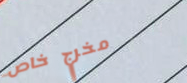
مخرج خاص